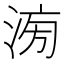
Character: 𣶢